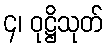
၄၊ ဝုဋ္ဌိသုတ်